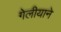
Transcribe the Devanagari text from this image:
गेलीयाने